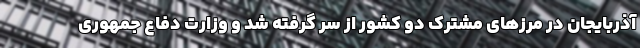
آذربایجان در مرزهای مشترک دو کشور از سر گرفته شد و وزارت دفاع جمهوری